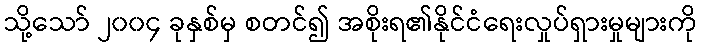
သို့သော် ၂၀၀၄ ခုနှစ်မှ စတင်၍ အစိုးရ၏နိုင်ငံရေးလှုပ်ရှားမှုများကို